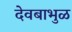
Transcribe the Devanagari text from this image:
देवबाभुळ